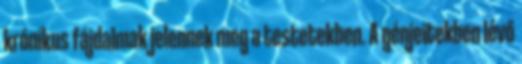
krónikus fájdalmak jelennek meg a testetekben. A génjeitekben lévő